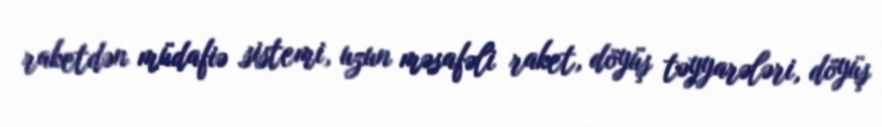
raketdən müdafiə sistemi, uzun məsafəli raket, döyüş təyyarələri, döyüş